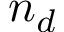
n _ { d }